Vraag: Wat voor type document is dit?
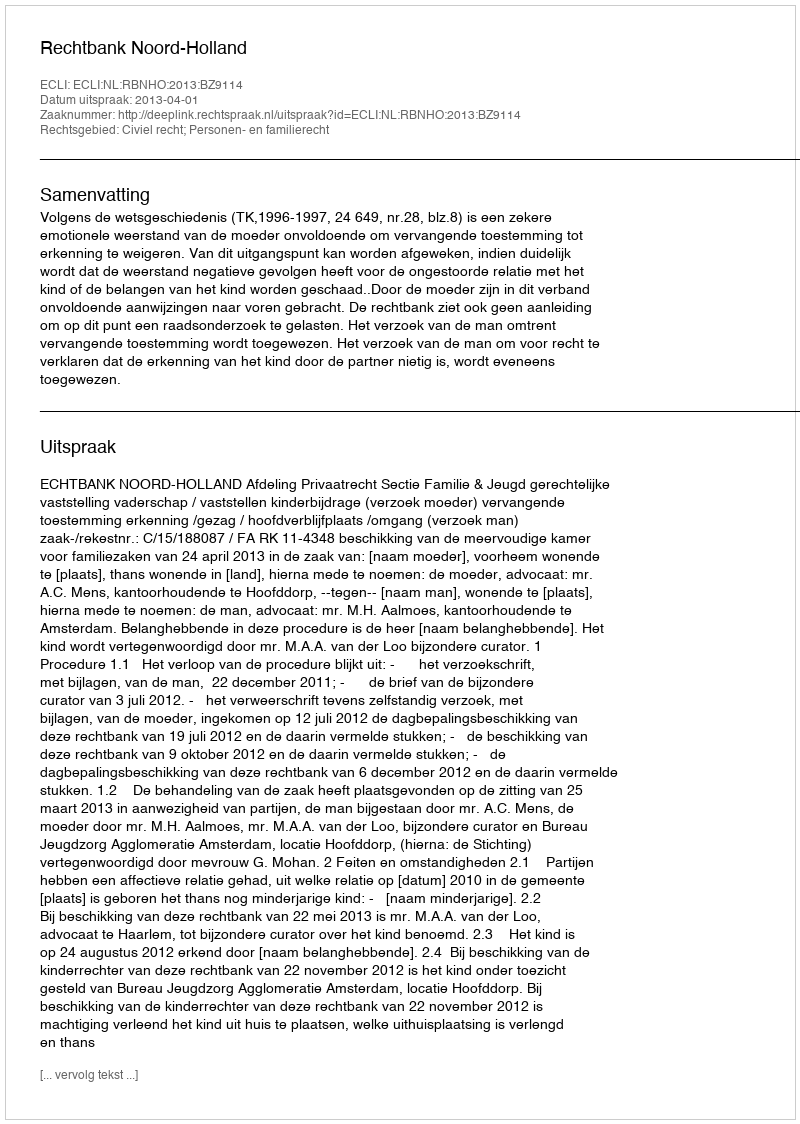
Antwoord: Uitspraak